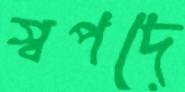
স্বপদে